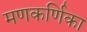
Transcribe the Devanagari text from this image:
मणकर्णिका